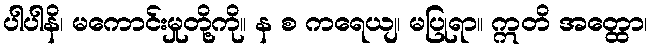
ပါပါနိ၊ မကောင်းမှုတို့ကို။ န စ ကရေယျ၊ မပြုရာ။ ဣတိ အတ္ထော၊